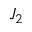
J _ { 2 }